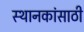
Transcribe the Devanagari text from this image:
स्थानकांसाठी